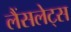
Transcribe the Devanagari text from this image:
लैंसलेट्स